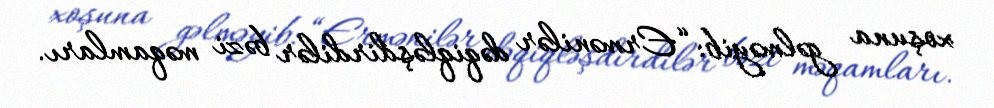
xoşuna gəlməyib: “Ermənilər dəqiqləşdirdilər bəzi məqamları.